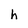
Character: h